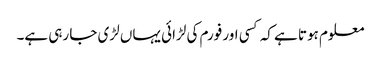
معلوم ہوتا ہے کہ کسی اور فورم کی لڑائی یہاں لڑی جا رہی ہے۔